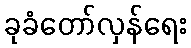
ခုခံတော်လှန်ရေး